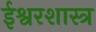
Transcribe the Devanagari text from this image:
ईश्वरशास्त्र